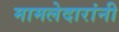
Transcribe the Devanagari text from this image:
मामलेदारांनी